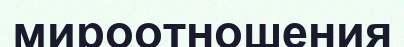
мироотношения